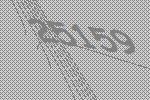
25159